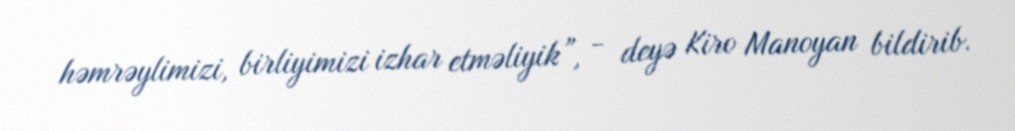
həmrəylimizi, birliyimizi izhar etməliyik”, - deyə Kiro Manoyan bildirib.